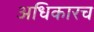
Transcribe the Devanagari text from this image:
अधिकारच